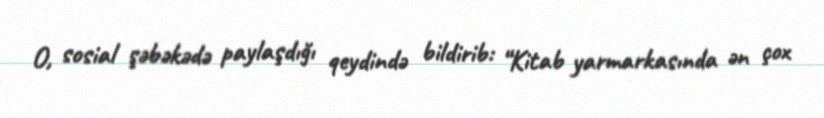
O, sosial şəbəkədə paylaşdığı qeydində bildirib: “Kitab yarmarkasında ən çox